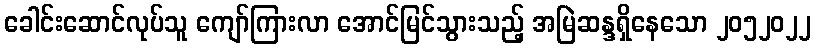
ခေါင်းဆောင်လုပ်သူ ကျော်ကြားလာ အောင်မြင်သွားသည့် အမြဲဆန္ဒရှိနေသော ၂၀၅၂၀၂၂